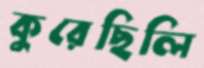
কুরেছিলি